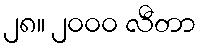
၂၈။ ၂၀၀၀ လီတာ